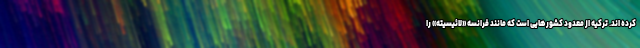
کرده اند. ترکیه از معدود کشورهایی است که مانند فرانسه «لائیسیته» را